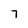
Character: 7